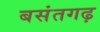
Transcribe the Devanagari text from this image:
बसंतगढ़